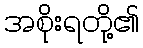
အစိုးရတို့၏